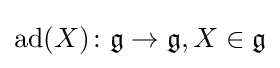
\operatorname {ad} (X)\colon {\mathfrak {g}}\to {\mathfrak {g}},X\in {\mathfrak {g}}